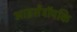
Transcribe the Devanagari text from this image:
आइसेंट्रॉपकि